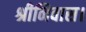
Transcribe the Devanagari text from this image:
श्रीनिवास।